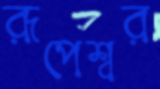
রূপেশ্বর